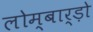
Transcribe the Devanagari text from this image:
लोम्बार्ड़ो